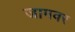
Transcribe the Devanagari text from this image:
जामवर